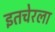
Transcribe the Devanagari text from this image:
इतचेरला